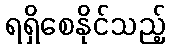
ရရှိစေနိုင်သည့်